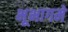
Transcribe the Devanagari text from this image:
भूभागमे